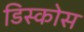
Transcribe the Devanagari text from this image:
डिस्कोस